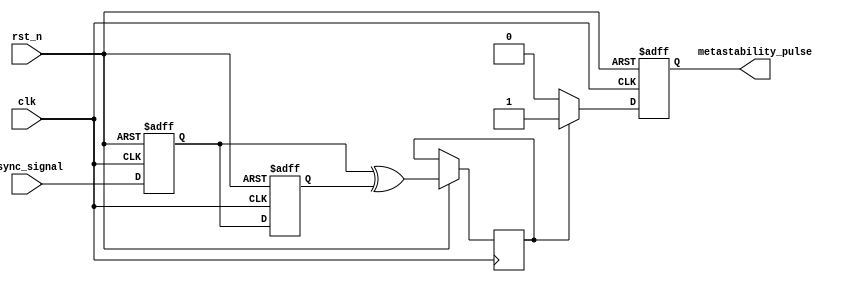
module metastability_detector (
    input wire clk,               // Clock signal
    input wire rst_n,             // Active low reset signal
    input wire async_signal,      // Asynchronous input signal
    output reg metastability_pulse // Output pulse indicating metastability
);

    // Internal signals
    reg ff1, ff2;                 // Output of first and second flip-flops
    reg metastable_detected;      // Intermediate signal for detection

    // D Flip-Flop 1: Sample asynchronous signal
    always @(posedge clk or negedge rst_n) begin
        if (!rst_n) begin
            ff1 <= 1'b0;          // Reset state
        end else begin
            ff1 <= async_signal;  // Sample the asynchronous signal
        end
    end

    // D Flip-Flop 2: Sample output of the first flip-flop
    always @(posedge clk or negedge rst_n) begin
        if (!rst_n) begin
            ff2 <= 1'b0;          // Reset state
        end else begin
            ff2 <= ff1;           // Sample the output of the first flip-flop
        end
    end

    // Pulse generation logic
    always @(posedge clk or negedge rst_n) begin
        if (!rst_n) begin
            metastability_pulse <= 1'b0; // Reset pulse
        end else begin
            // Generate pulse when outputs of the flip-flops differ
            metastable_detected <= (ff1 ^ ff2);
            if (metastable_detected) begin
                metastability_pulse <= 1'b1; // Assert pulse
            end else begin
                metastability_pulse <= 1'b0; // De-assert pulse
            end
        end
    end

endmodule